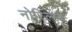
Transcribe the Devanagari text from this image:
नोरिल्स्क